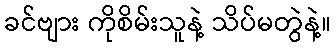
ခင်ဗျား ကိုစိမ်းသူနဲ့ သိပ်မတွဲနဲ့။